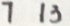
7 1 3